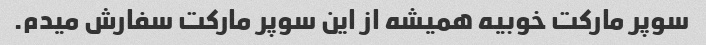
سوپر مارکت خوبیه همیشه از این سوپر مارکت سفارش میدم.